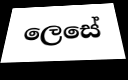
ලෙසේ